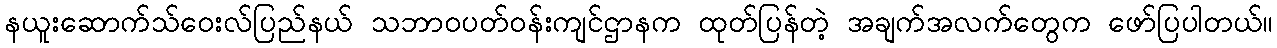
နယူးဆောက်သ်ဝေးလ်ပြည်နယ် သဘာဝပတ်ဝန်းကျင်ဌာနက ထုတ်ပြန်တဲ့ အချက်အလက်တွေက ဖော်ပြပါတယ်။